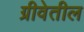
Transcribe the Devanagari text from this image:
ग्रीवेतील